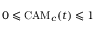
0 \leqslant \mathrm { C A M } _ { c } ( t ) \leqslant 1